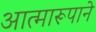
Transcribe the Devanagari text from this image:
आत्मारूपाने